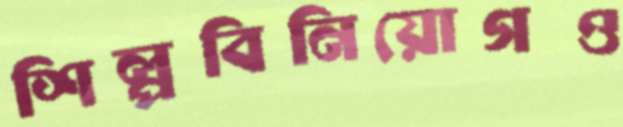
শিল্পবিনিয়োগও